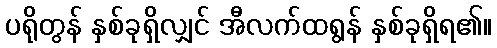
ပရိုတွန် နှစ်ခုရှိလျှင် အီလက်ထရွန် နှစ်ခုရှိရ၏။